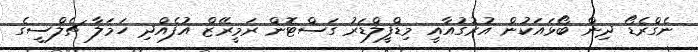
ނެގްރެޑޯ ދިން ބޯޅައަކުން އުރުގުއާއީ މިޑްފީލްޑަރު ގަސްޓޮން ރަމީރޭޒް އުފެއްދި ހަމަލާ ޗެލްސީގެ